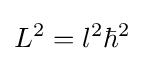
L^{2}=l^{2}\hbar ^{2}